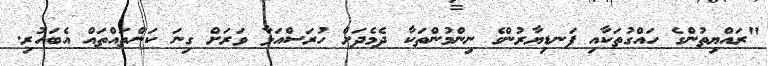
"ރައްޔިތުންގެ ހައްގުތަކާއި ފަނޑިޔާރުންގެ ނިންމުންތަކާ ދެމެދަށް ހުރަސްއަޅާ ވަރަށް ގިނަ ކަންތައްތައް އެބަހުރި.